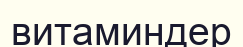
витаминдер